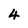
Character: 4